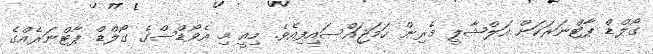
ގޯލްޑް ޕާޓްނަރަކަށް އަލްޝާލީ މެރިން ހަމަޖައްސައިފިއެވެ. މިއީ މި އެވޯޑްސްގެ ގޯލްޑް ޕާޓްނަރެއްގެ